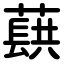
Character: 蕻